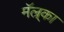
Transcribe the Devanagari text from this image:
मॅल्र्का